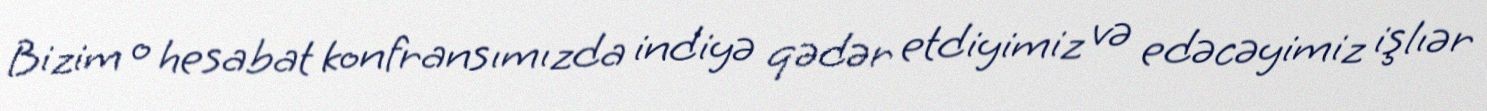
Bizim o hesabat konfransımızda indiyə qədər etdiyimiz və edəcəyimiz işlıər